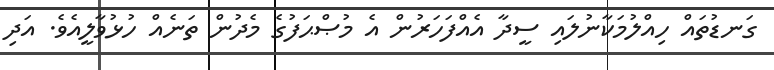
ގަނޑުތައް ހިއްލުމަކާނުލައި ސީދާ އެއްފަހަރުން އެ މުޞްޙަފުގެ މެދުން ތަނެއް ހުޅުވާލީއެވެ. އަދި